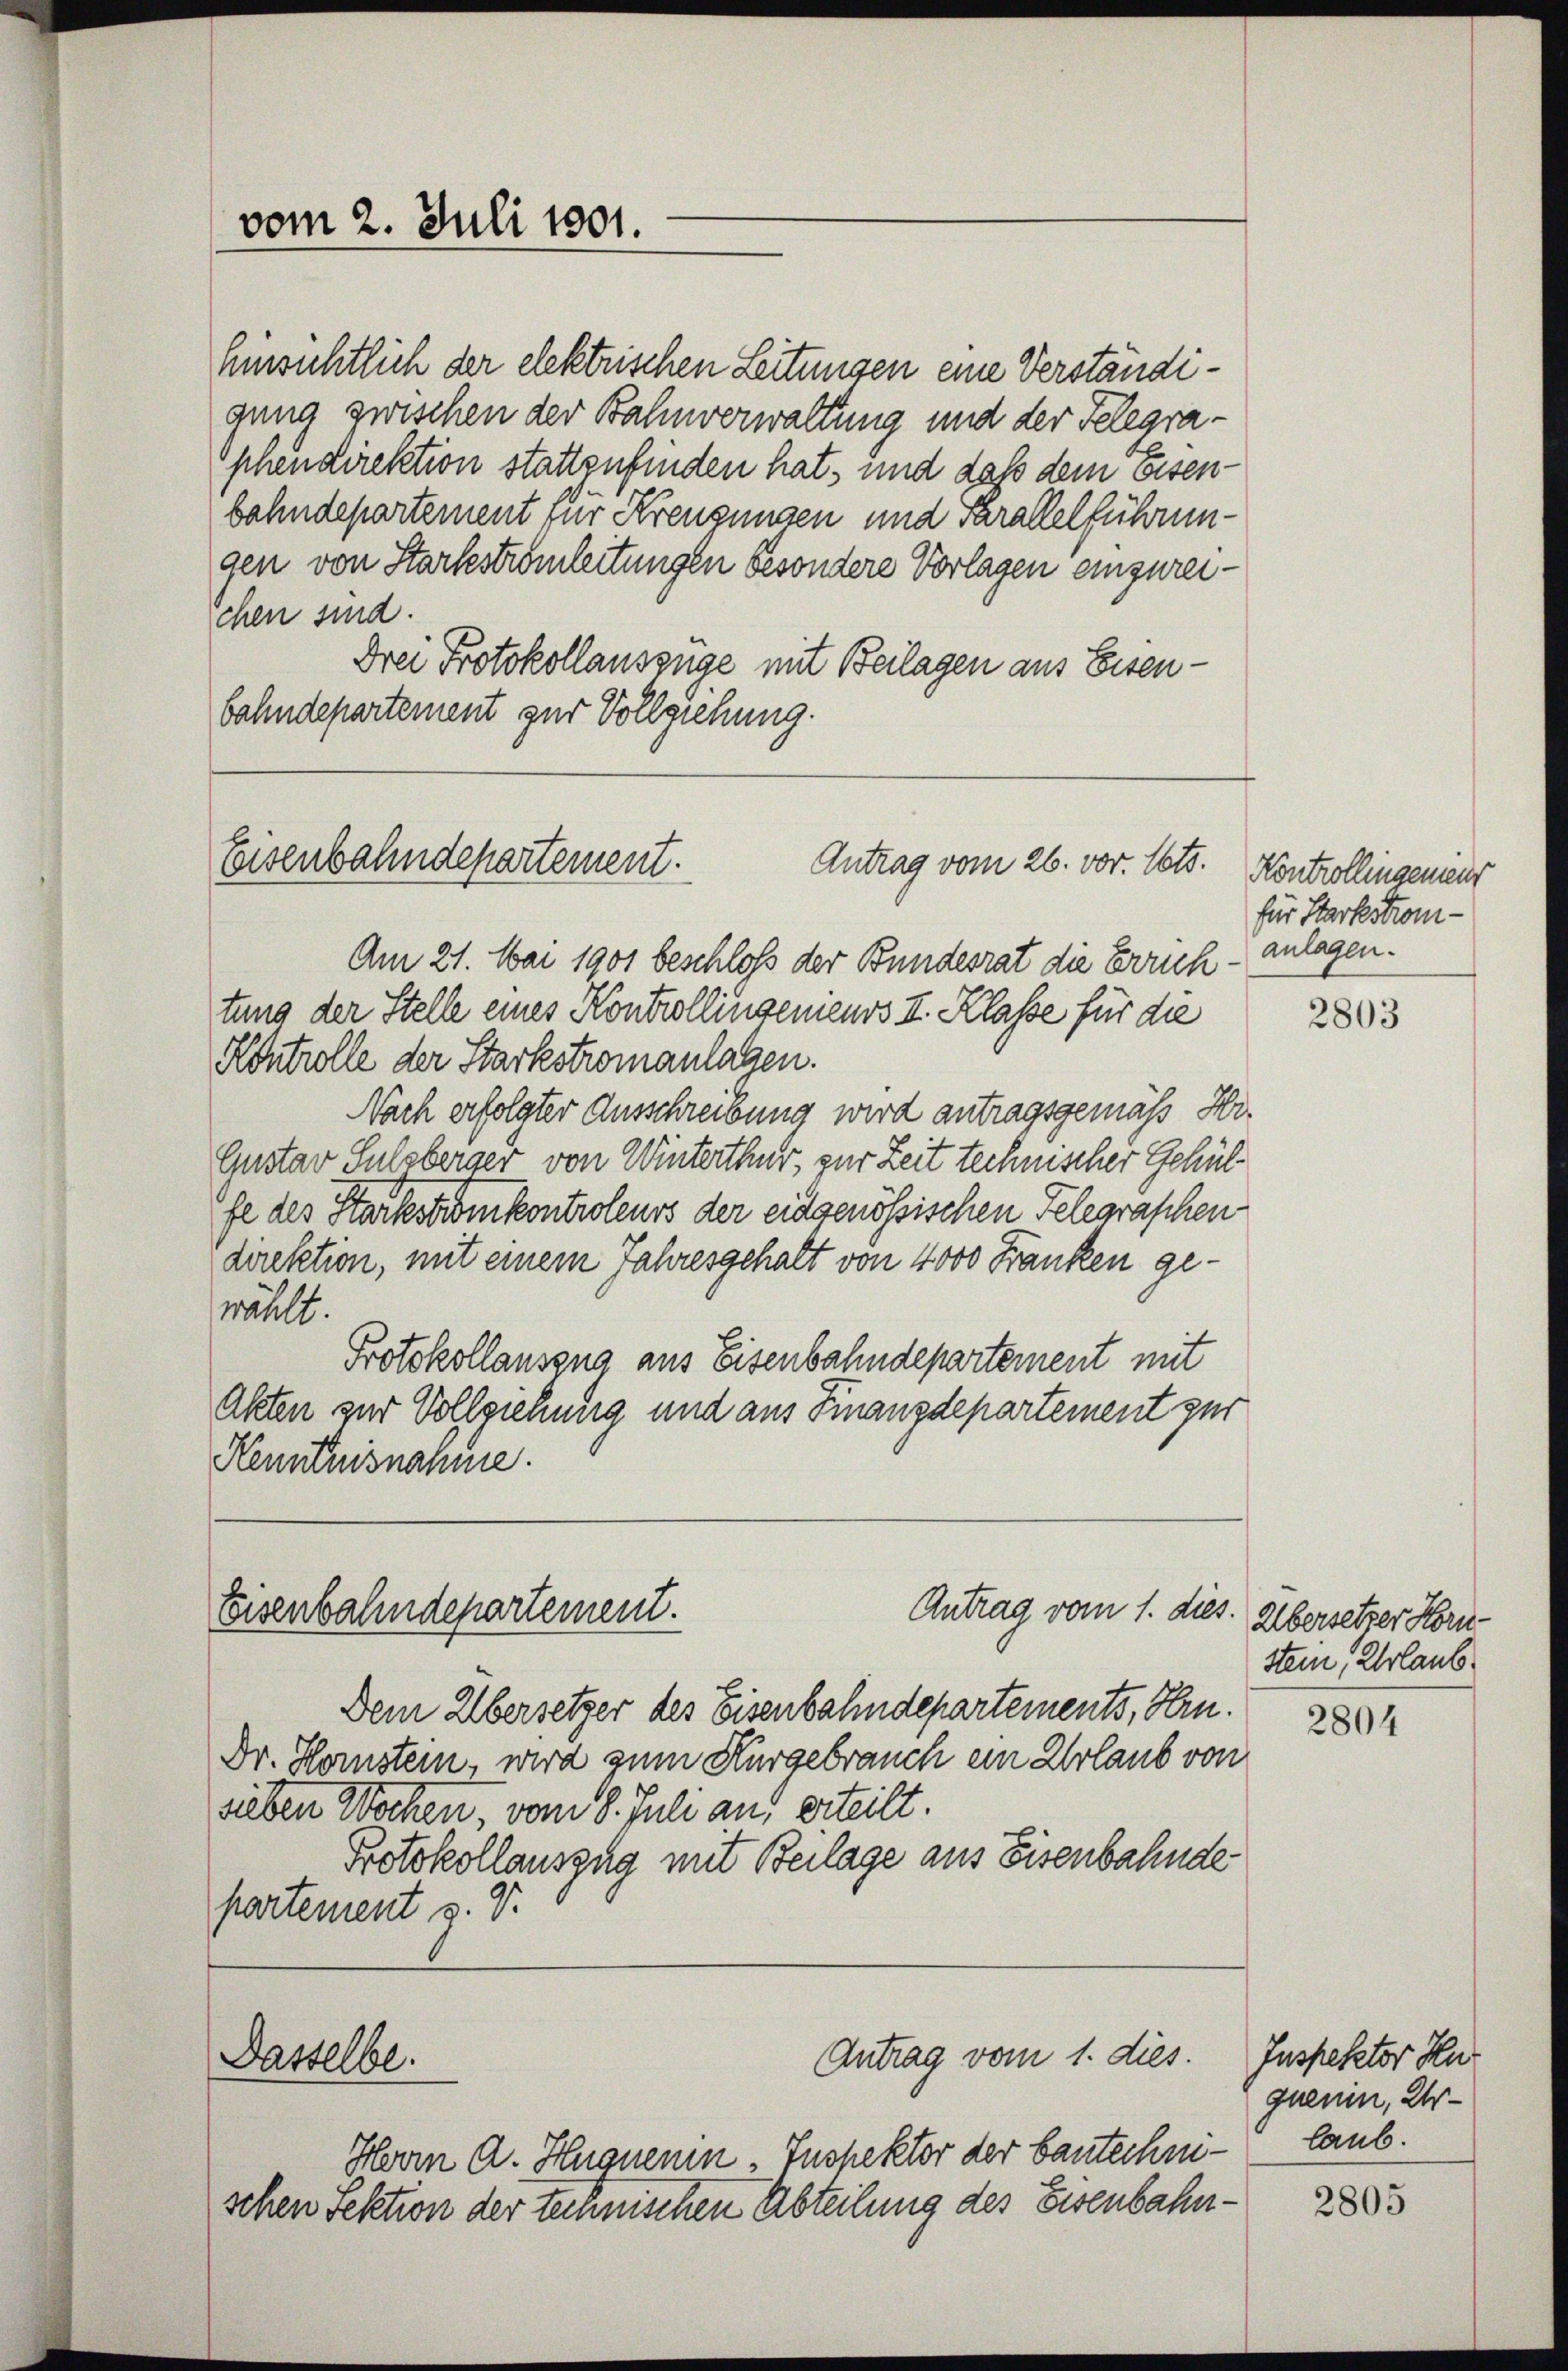
vom 2. Juli 1801.

Umsichtlich der elektrischen Leitungen eine Verständiaung zwischen der Bahnverwaltung und der Telegraphendirektion stattzufinden hat, und daß dem Eisenbahndepartement für Kreuzungen und Parallelführungen von Starkestromleitungen besondere Vorlagen einzureichen sind.
Drei Protokollausenge mit Beilagen aus Eisenbahndepartement zur Vollziehung.

Eisenbahndepartement.
Antrag vom 26. vor. Mts. Kontrollingenieur

Eisenbahndepartement.

Dasselbe.

Am 21. Mai 1901 beschloß der Bundesrat die Errichtung der Stelle eines Kontrollingenieurs II. Klasse für die
Kontrolle der Starkstromanlagen.
Nach erfolgter Ausschreibung wird antragsgemäß Hr.
Gustav Sulzberger von Winterthur, zur Zeit technischer Gehülfe des Starkes er den kontroleurs der eidgenössischen Telegraschen
direktion, mit einem Jahresgehalt von 4000 Franken gewählt.
Protokollauszug aus Eisenbahndepartement mit
Akten zur Vollziehung und aus Finanzdepartement zur
Kenntnisnahme.

Antrag vom 1. dies.

Dem Übersetzer des Eisenbahndepartements, Hrn.
Dr. Hornstein, wird zum Kurgebrauch ein Urlaub von
sieben Wochen, vom 8. Juli an, erteilt.
Protokollauszug mit Beilage aus Eisenbahnde
partement z. B.

Antrag vom 1. dies

Herrn A. Hugnenin-Inspektor der bautechnischen Sektion der technischen Abteilung des Eisenbahn¬

für Starkstrom-
anlagen.

2803

Übersetzer Horn-
stein Urlaub

2804

Inspektor Hur
quenin, Urlaub.

2805